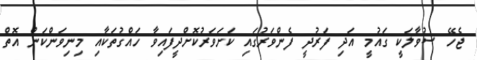
ޖެހޭ ސުވާލަކީ ގައުމީ އަދި ފަރުދީ ފެންވަރުގައި ކަށަވަރުކޮށްދީފައިވާ ހައްގުތަކާއި މިނިވަންކަން އޮތް